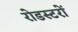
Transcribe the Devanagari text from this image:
रोडस्टरों